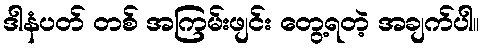
ဒါနံပတ် တစ် အကြမ်းဖျင်း တွေ့ရတဲ့ အချက်ပါ။